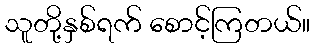
သူတို့နှစ်ရက် စောင့်ကြတယ်။